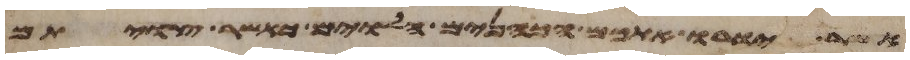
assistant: אשר יורו אתכם הכהנים הלוים כאשר צויתם